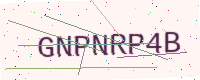
Text: GNPNRP4B